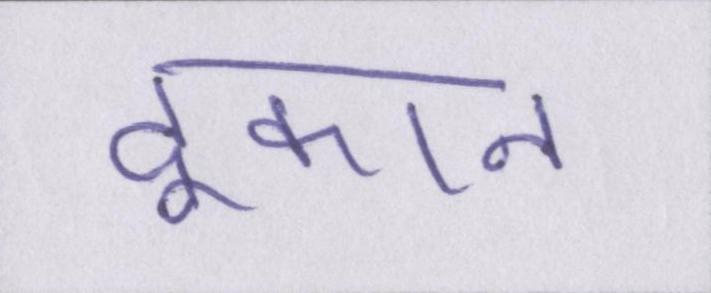
दूकान